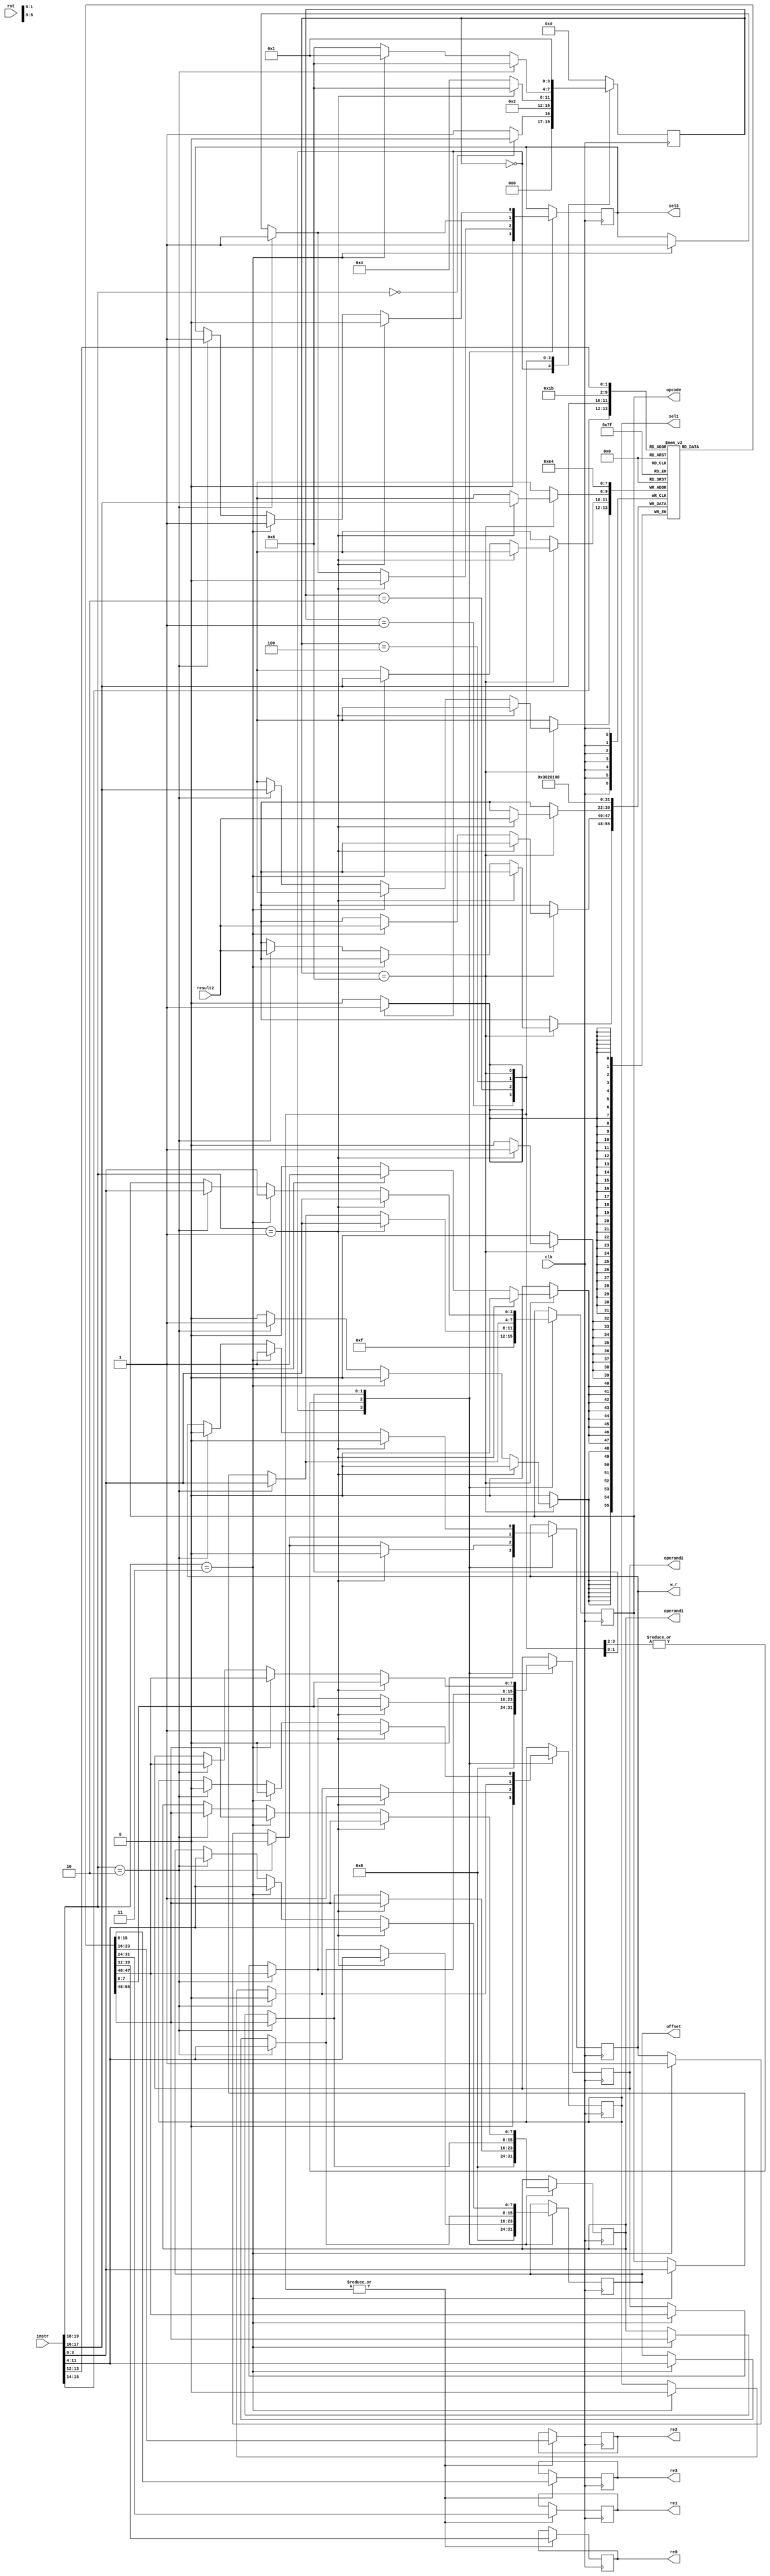
`timescale 1ns / 1ps

module CU (clk,rst, instr, result2, operand1, operand2, offset, opcode, sel1, sel3,w_r, re0, re1, re2, re3);
    //Defaults unless overwritten during instantiation
    parameter DATA_WIDTH = 8; //8 bit wide data
    parameter ADDR_BITS = 5; //32 Addresses
    parameter INSTR_WIDTH =20; 
    //INPUTS
    input clk,rst;
    input [INSTR_WIDTH-1:0]instr;
    input [DATA_WIDTH-1:0] result2;

    //OUTPUTS
    output reg [DATA_WIDTH-1:0] operand1;
    output reg [DATA_WIDTH-1:0] operand2;
    output reg [DATA_WIDTH-1:0] offset;
    output reg [3:0] opcode;
    output reg sel1, sel3, w_r;
    output reg [DATA_WIDTH-1:0] re0, re1, re2, re3; 

    //REGISTER FILE: CU internal register file of 4 registers.  This is a over simplication of a real solution
    reg [DATA_WIDTH-1:0] regfile [0:3];
    reg [INSTR_WIDTH-1:0]instruction;
    
    //STATES
    parameter RESET = 4'b0000;
    parameter DECODE = 4'b0001;
    parameter EXECUTE = 4'b0010;
    parameter MEM_ACCESS = 4'b0100;
    parameter WRITE_BACK = 4'b1000;
        
    reg [3:0] state = RESET;
    
    
    always @(posedge clk) begin
        instruction = instr;
        case (state)
            RESET : begin //#0
                if (instruction[19:18] == 2'b00)  begin
                    state = RESET; 
                    end else begin
                    state = DECODE; //#1
                    end
                //-----------------------------
                //Write initial values to regfile
                regfile[0]<= 8'd0;
                regfile[1]<= 8'd1;
                regfile[2]<= 8'd2;
                regfile[3]<= 8'd3;

                //Set output reset defaults
                operand1 <= #(DATA_WIDTH)'d0;
                operand2 <= #(DATA_WIDTH)'d0;
                offset <= #(DATA_WIDTH)'d0;
                opcode <= 4'b1111;
                sel1 <= 0;
                sel3 <= 0;
                w_r <= 0;
                //-----------------------------
            end

            DECODE : begin //#1
                state = EXECUTE; //#2
                if (instruction[19:18] == 2'b1) begin //std_op
                    operand1 <= regfile[instruction[15:14]]; //X2
                    operand2 <= regfile[instruction[13:12]]; //X3
                    offset <= instruction[11:4];
                    opcode <= instruction[3:0];
                    sel1 <= 1;
                    sel3 <= 0;
                    w_r <= 0;
                end else if (instruction[19:18] == 2'b10) begin //loadR 
                    operand1 <= regfile[instruction[15:14]]; //X2
                    operand2 <= regfile[instruction[17:16]]; //z
                    offset <= instruction[11:4];
                    opcode <= instruction[3:0];
                    sel1 <= 0; //pass data_out
                    sel3 <= 1; //pass offset
                    w_r <= 0;
                end else if (instruction[19:18] == 2'b11) begin //storeR 
                    operand1 <= regfile[instruction[15:14]]; //X2
                    operand2 <= regfile[instruction[17:16]]; //X1
                    offset <= instruction[11:4];
                    opcode <= instruction[3:0];
                    sel1 <= 0;  //pass rusult1
                    sel3 <= 1; //pass offset 20
                    w_r <= 1; //write 
                end
				re0 <= regfile[0];
     			re1 <= regfile[1];
      			re2 <= regfile[2];
      			re3 <= regfile[3]; 
            end
            EXECUTE: begin //#2
                state = MEM_ACCESS; //#3
                if (instruction[19:18] == 2'b01) begin //std_op
                    state = WRITE_BACK;
                    operand1 <= regfile[instruction[15:14]]; //X2
                    operand2 <= regfile[instruction[13:12]]; //X3
                    offset <= instruction[11:4];
                    opcode <= instruction[3:0];
                    sel1 <= 1;
                    sel3 <= 0;
                    w_r <= 0;

                end else if (instruction[19:18] == 2'b10) begin //loadR  
                    operand1 <= regfile[instruction[15:14]]; //X2
                    operand2 <= regfile[instruction[17:16]]; //z
                    offset <= instruction[11:4];
                    opcode <= instruction[3:0];
                    sel1 <= 0; //pass data_out
                    sel3 <= 1; //pass offset
                    w_r <= 0;
                end else if (instruction[19:18] == 2'b11) begin //storeR
                    operand1 <= regfile[instruction[15:14]]; //X2
                    operand2 <= regfile[instruction[17:16]]; //z
                    offset <= instruction[11:4];
                    opcode <= instruction[3:0];
                    sel1 <= 0; //pass result1
                    sel3 <= 1; //pass offset
                    w_r <= 1; //enable write
                end
                re0 <= regfile[0];
              	re1 <= regfile[1];
      			re2 <= regfile[2];
      			re3 <= regfile[3]; 
            end
            MEM_ACCESS: begin //#3
                state = WRITE_BACK; //#4
                if (instruction[19:18] == 2'b10) begin //loadR             
                    operand1 <= regfile[instruction[15:14]]; //X2
                    operand2 <= regfile[instruction[17:16]]; //z
                    offset <= instruction[11:4];
                    opcode <= instruction[3:0];
                    sel1 <= 0; //pass data_out
                    sel3 <= 1; //pass offset
                    w_r <= 0;
                end else if (instruction[19:18] == 2'b11) begin //storeR 
                    state = DECODE;
                    operand1 <= regfile[instruction[15:14]]; //X2
                    operand2 <= regfile[instruction[17:16]]; //z
                    offset <= instruction[11:4];
                    opcode <= instruction[3:0];
                    sel1 <= 0; //pass result1
                    sel3 <= 1; //pass offset
                    w_r <= 1; //enable write
                end
				re0 <= regfile[0];
     			re1 <= regfile[1];
      			re2 <= regfile[2];
      			re3 <= regfile[3]; 
            end
            WRITE_BACK: begin //#4
                state = DECODE; //#1
                if (instruction[19:18] == 2'b01) begin //std_op
                    state = DECODE;
                    regfile[instruction[17:16]] <= result2; //X1

                    operand1 <= regfile[instruction[15:14]]; //X2
                    operand2 <= regfile[instruction[13:12]]; //X3
                    offset <= instruction[11:4];
                    opcode <= instruction[3:0];
                    sel1 <= 1;
                    sel3 <= 0;
                    w_r <= 0;
                end else if (instruction[19:18] == 2'b11) begin //storeR 
                    regfile[instruction[17:16]] <= result2; //From 
                  
                    operand1 <= regfile[instruction[15:14]]; //X2
                    operand2 <= regfile[instruction[17:16]]; //z
                    offset <= instruction[11:4];
                    opcode <= instruction[3:0];
                    sel1 <= 0; //pass result1
                    sel3 <= 1; //pass offset
                    w_r <= 1; //enable write
                    
                end else if (instruction[19:18] == 2'b10) begin //loadR             
                    regfile[instruction[17:16]] <= result2; //From data mem
                    operand1 <= regfile[instruction[15:14]]; //X2
                    operand2 <= regfile[instruction[17:16]]; //z
                    offset <= instruction[11:4];
                    opcode <= instruction[3:0];
                    sel1 <= 0; //pass data_out
                    sel3 <= 1; //pass offset
                    w_r <= 0;
                end
		        re0 <= regfile[0];
     		    re1 <= regfile[1];
      		    re2 <= regfile[2];
      		    re3 <= regfile[3]; 
            end

            default: // Fault Recovery
            state = RESET; //#0
        endcase
    end
endmodule